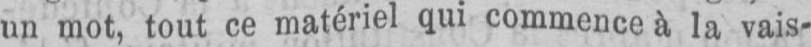
un mot, tout ce matériel qui commence à la vais-